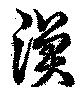
漁